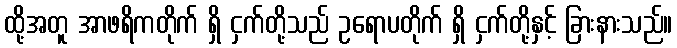
ထို့အတူ အာဖရိကတိုက် ရှိ ငှက်တို့သည် ဥရောပတိုက် ရှိ ငှက်တို့နှင့် ခြားနားသည်။